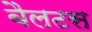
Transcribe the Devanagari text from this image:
बैलटस